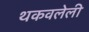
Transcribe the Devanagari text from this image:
थकवलेली